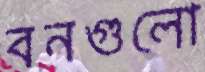
বনগুলো